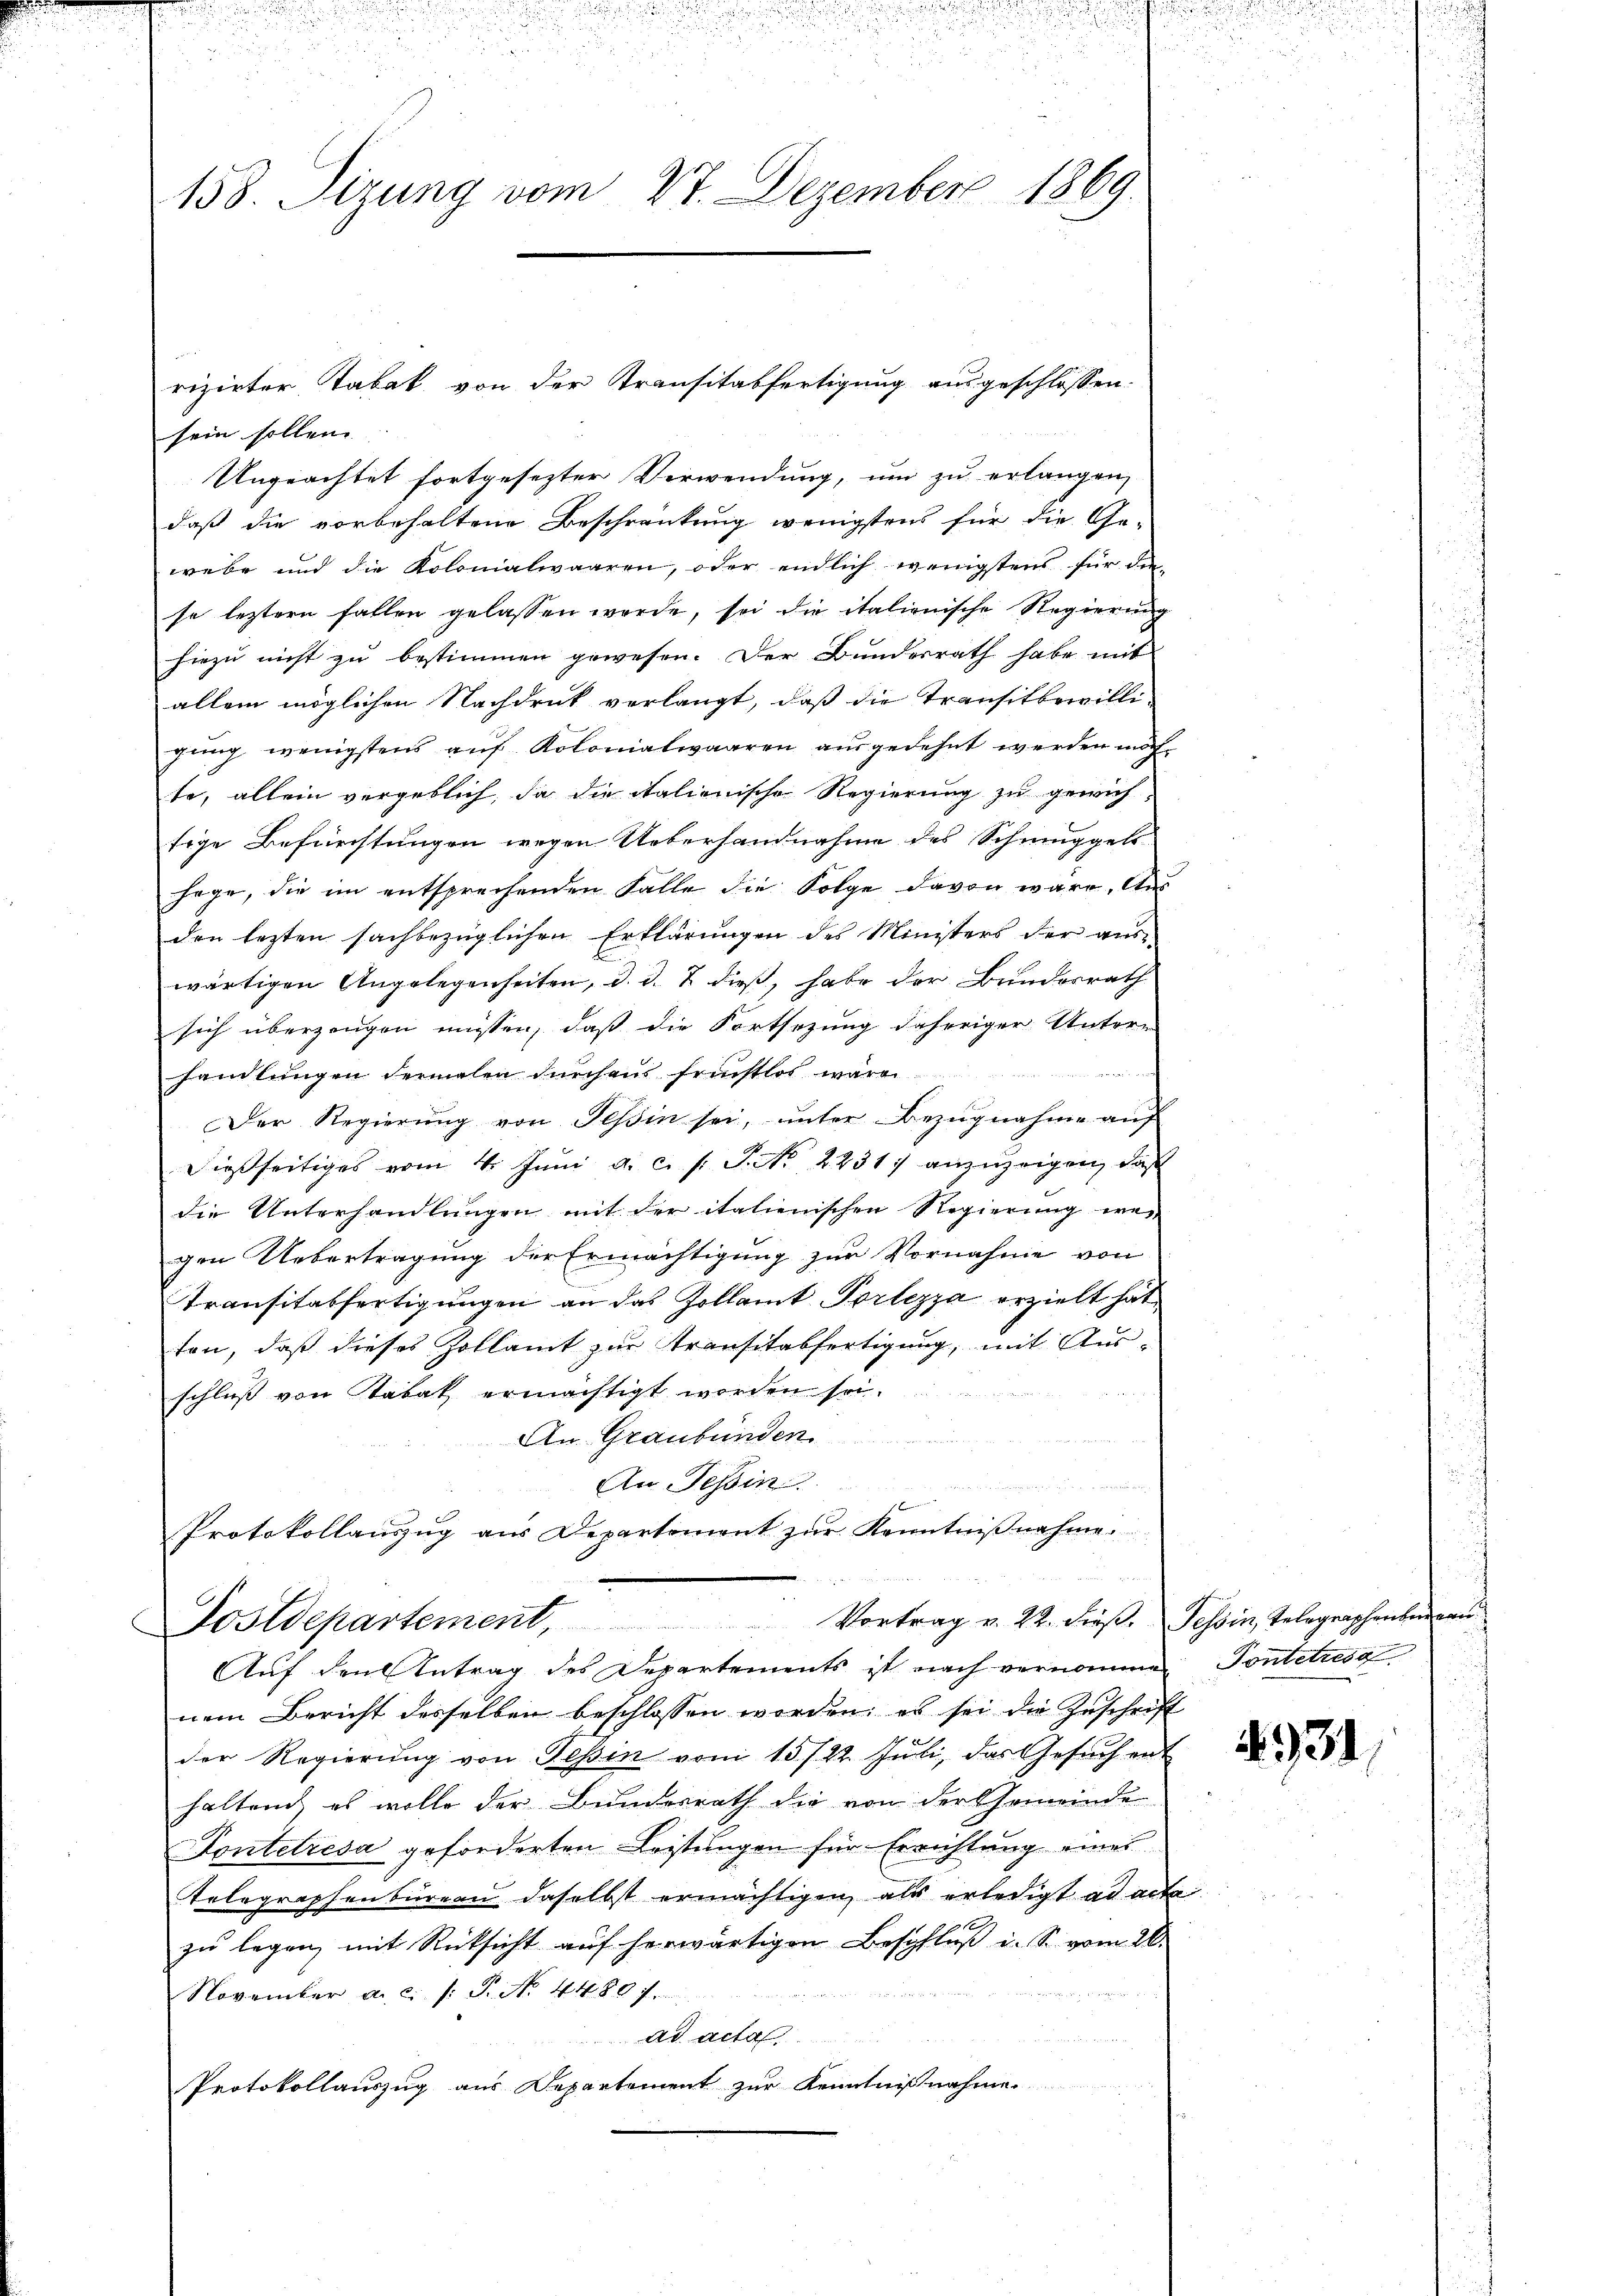
sein sollen
Ungeachtet fortgesezter Verwendung, um zu erlangen,
daß die vorbehaltene Beschränkung wenigstens für die Ge-
webe und die Kolonialwaaren, oder endlich wenigstens für diese leztern fallen gelassen werde, sei die italienische Regierung
hiezu nicht zu bestimmen gewesen. Der Bundesrath habe mit
allein möglichen Nachdruck verlangt, daß die Transitbewilli-
gung wenigstens auf Kolonialwaaren ausgedehnt werden möchte, allein vergeblich, da die italienische Regierung zu gewichtige Befürchtungen wegen Ueberhandnahme des Schmuggels
sage, die im entsprechenden Falle die Folge davon wäre. Aus
den lezten sachbezüglichen Erklärungen des Ministers der aus-
wärtigen Angelegenheiten, d. d. 2 dieß, habe der Bundesrath
sich überzeugen müssen, daß die Fortsetzung daheriger Unterr
handlungen dermalen dŭrchaus fristlos wären
Der Regierŭng von Tessin sei, ŭnter Bezŭgnahme aŭf
dießseitiges vom 4. Juni a. c. s. S. Nr. 22317 anzuzeigen, daß
die Unterhandlungen mit der italienischen Regierung wei
gen Uebertragung der Ermächtigung zur Vornahme von
Transitätfertigungen an das Zollamt Portezza erzielt hat,
ten, daß dieses Zollamt zur Transitabfertigung, mit Ausschluß von Stabak ermächtigt worden sei.
An Graubünden
An Tessin
x
Protokollauszug aus Departement zŭr Kenntniβnahme.

a der
158. Sizung vom 27. Dezember 1869.

rizirter Tabak von der Transitatfertigung ausgeschlossen.

Postdepartement, Vortrag v. M. dieß
Auf den Antrag des Departements ist nach vernommen Pontetrisa

nem Bericht desselben beschlossen worden, es sei die Zuschrift
der Regierung von Tessin von 15/22. Juli, das Gesuch ent
haltend, es wolle der Bundesrath die von der Gemeinde
Fontelresa geforderten Leistungen für Errichtung eines
Telegraphenbüreau daselbst ermächtigen, als erledigt ad acta
zu legen, mit Rücksicht auf herwärtigen Beschluß i. S. vom 20.
November a. c. /: P. No. 44807.
ad acta
Protokollauszug aus Departement zur Kenntnißnahme.

Tessin, Telegraphenber von

1931.